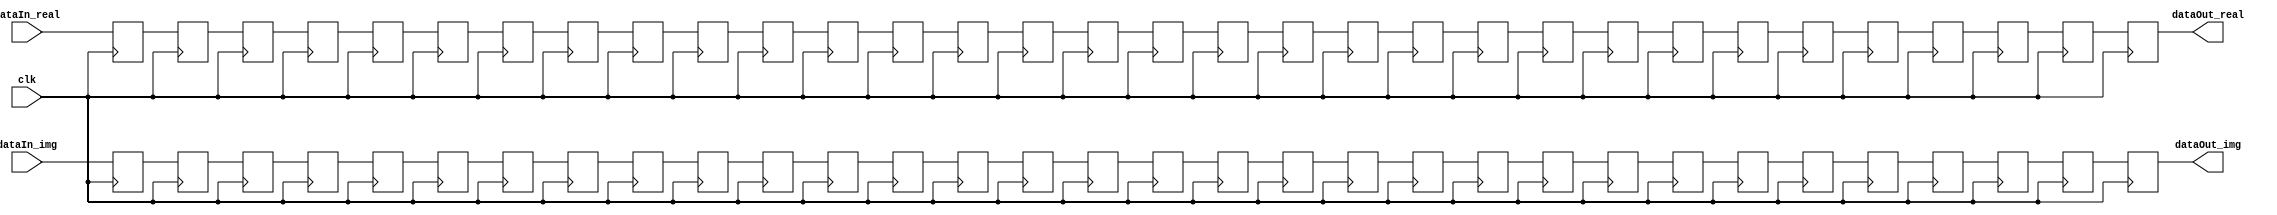
`timescale 1ns / 1ps


module DelayFIFO(
    
    clk,
    dataIn_real,
    dataIn_img,
    dataOut_real,
    dataOut_img
    
);

    parameter WIDTH = 16;
    parameter DEPTH = 32;
    
    input clk;
    input [WIDTH-1 : 0] dataIn_real;
    input [WIDTH-1 : 0] dataIn_img;
    output [WIDTH-1 : 0] dataOut_real;
    output [WIDTH-1 : 0] dataOut_img;
    
    
    reg [WIDTH-1 : 0] buffer_real [DEPTH-1 : 0];
    reg [WIDTH-1 : 0] buffer_img  [DEPTH-1 : 0];
    integer i;
    
    always@(posedge clk)
    begin
    
        for(i = DEPTH - 1 ; i > 0 ; i = i - 1)
        begin
        
            buffer_real[i] <= buffer_real[i - 1];
            buffer_img[i]  <= buffer_img[i - 1];
        
        end
        
        buffer_real[0] <= dataIn_real;
        buffer_img[0]  <= dataIn_img;
    
    end
    
    assign dataOut_real = buffer_real[DEPTH - 1];
    assign dataOut_img  = buffer_img[DEPTH - 1];

endmodule